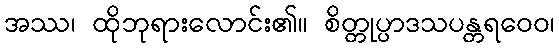
အဿ၊ ထိုဘုရားလောင်း၏။ စိတ္တုပ္ပာဒသပန္တရဝေဝ၊